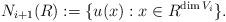
LaTeX: \begin{align*} N_{i+1}(R):=\{u(x): x \in R^{\dim V_i} \}.\end{align*}